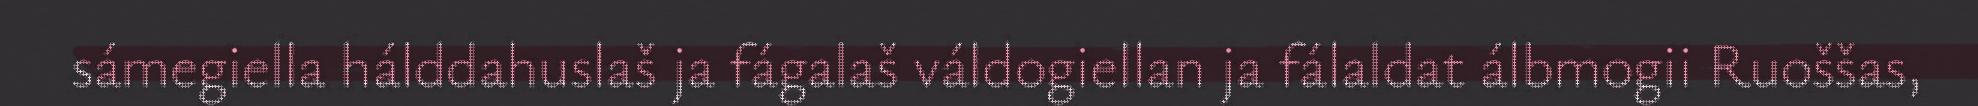
sámegiella hálddahuslaš ja fágalaš váldogiellan ja fálaldat álbmogii Ruoššas,